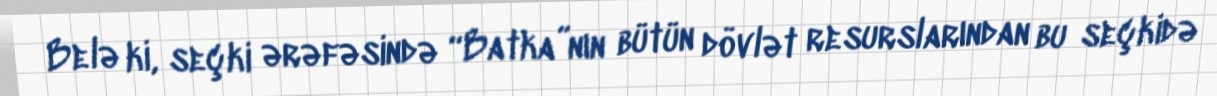
Belə ki, seçki ərəfəsində “Batka”nın bütün dövlət resurslarından bu seçkidə